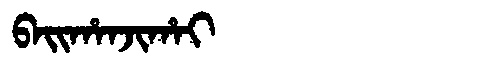
Manchu: ᠪᠠᡳᡥᠠᠨᠵᡳᡥᠠᡳ
Romanization: BAIHANJIHAI